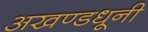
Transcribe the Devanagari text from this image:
अखण्डधूनी